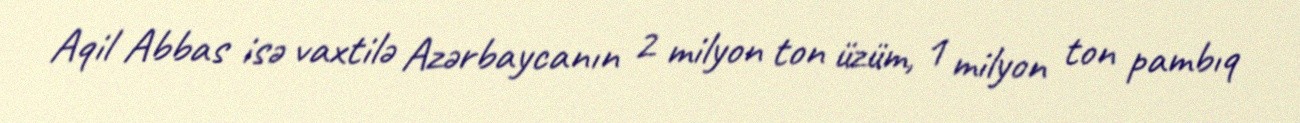
Aqil Abbas isə vaxtilə Azərbaycanın 2 milyon ton üzüm, 1 milyon ton pambıq